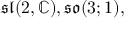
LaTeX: { \mathfrak { s l } } ( 2 , \mathbb { C } ) , { \mathfrak { s o } } ( 3 ; 1 ) ,